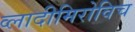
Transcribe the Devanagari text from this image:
व्लादीमिरोविच